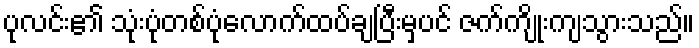
ပုလင်း၏ သုံးပုံတစ်ပုံလောက်ထပ်ချပြီးမှပင် ဇက်ကျိုးကျသွားသည်။